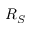
R _ { S }